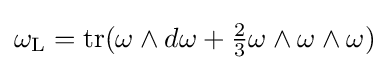
\omega _{\text{L}}={\text{tr}}(\omega \wedge d\omega +{\tfrac {2}{3}}\omega \wedge \omega \wedge \omega )